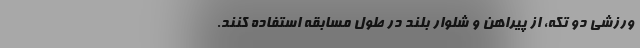
ورزشی دو تکه، از پیراهن و شلوار بلند در طول مسابقه استفاده کنند.